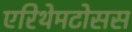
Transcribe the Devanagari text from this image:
एरिथेमटोसस